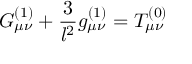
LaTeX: G _ { \mu \nu } ^ { ( 1 ) } + \frac { 3 } { l ^ { 2 } } g _ { \mu \nu } ^ { ( 1 ) } = { \cal T } _ { \mu \nu } ^ { ( 0 ) }